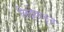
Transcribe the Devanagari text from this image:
लिट्टेकडून